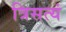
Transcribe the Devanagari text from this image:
त्रिसत्यं